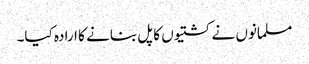
مسلمانوں نے کشتیوں کا پل بنانے کا ارادہ کیا۔